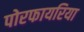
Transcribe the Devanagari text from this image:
पोरफायरिया